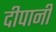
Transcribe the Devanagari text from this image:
दीपानी